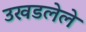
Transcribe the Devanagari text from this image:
उखडलेले